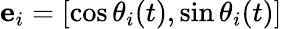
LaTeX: \mathbf{e}_{i}=[\cos\theta_{i}(t),\sin\theta_{i}(t)]